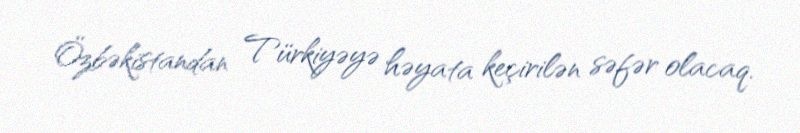
Özbəkistandan Türkiyəyə həyata keçirilən səfər olacaq.